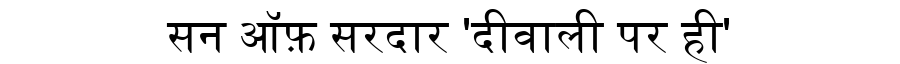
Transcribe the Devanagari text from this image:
सन ऑफ़ सरदार 'दीवाली पर ही'